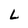
Character: L